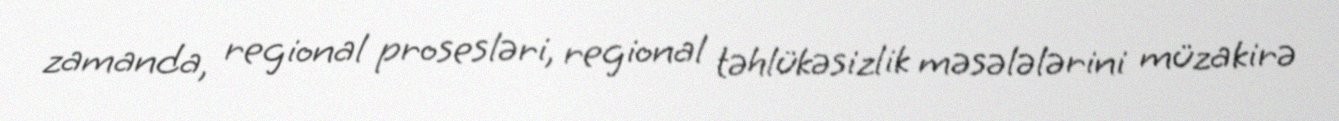
zamanda, regional prosesləri, regional təhlükəsizlik məsələlərini müzakirə